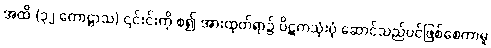
အထိ (၃၂ ကောဋ္ဌာသ) ၎င်းင်းကို စ၍ အားထုတ်ရာ၌ ပိဋကသုံးပုံ ဆောင်သည်ပင်ဖြစ်စေကာမူ